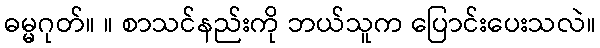
ဓမ္မဂုတ်။ ။ စာသင်နည်းကို ဘယ်သူက ပြောင်းပေးသလဲ။